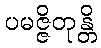
ပမဇ္ဇိတုန္တိ